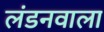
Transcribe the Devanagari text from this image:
लंडनवाला